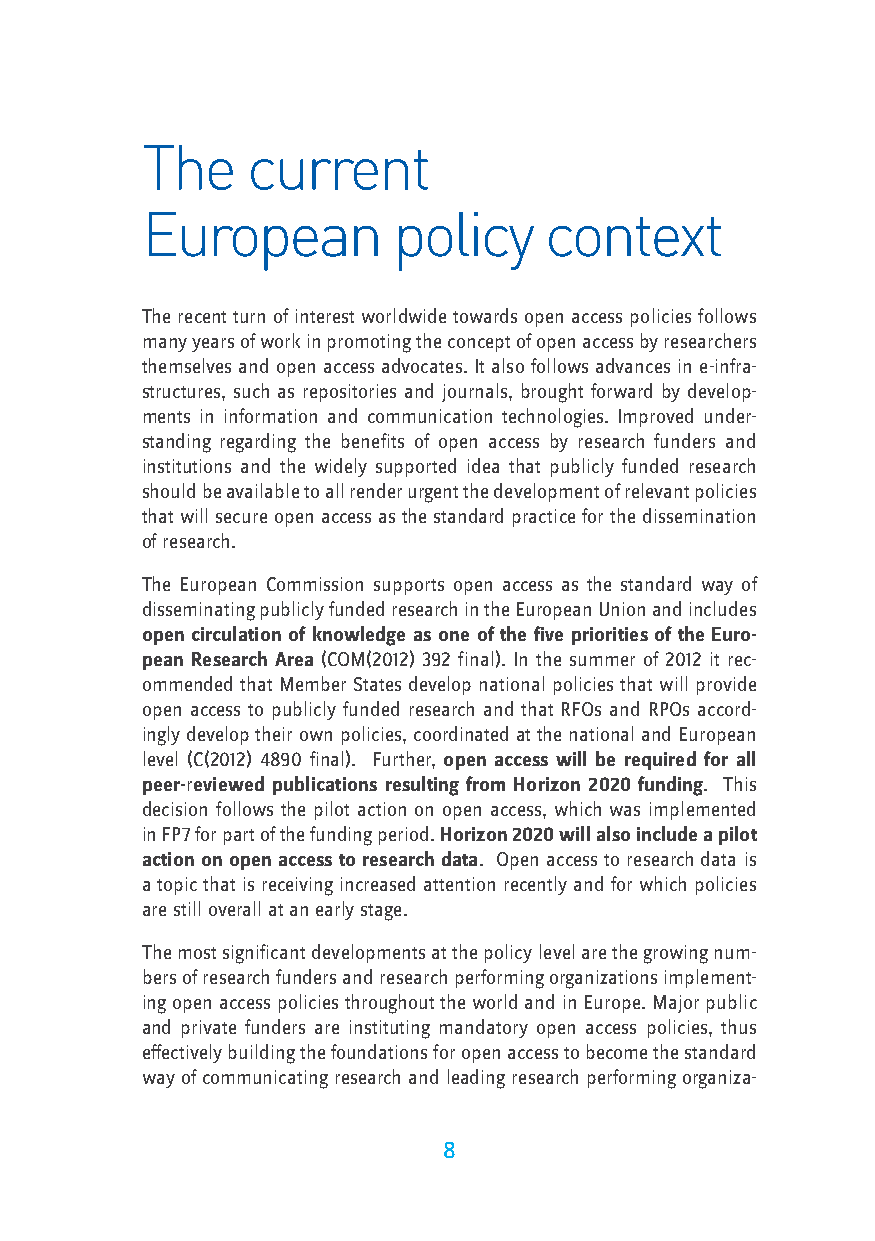
The    current
 European         policy    context
 The recent turn of interest worldwide towards open access policies follows
 many years of work in promoting the concept of open access by researchers
 themselves and open access advocates. It also follows advances in e-infra-
 structures, such as repositories and journals, brought forward by develop-
 ments in information and communication technologies. Improved under-
 standing regarding the benefits of open access by research funders and
 institutions and the widely supported idea that publicly funded research
 should be available to all render urgent the development of relevant policies
 that will secure open access as the standard practice for the dissemination
 of research.
 The European Commission supports open access as the standard way of
 disseminating publicly funded research in the European Union and includes
 open circulation of knowledge as one of the five priorities of the Euro-
 pean Research Area (COM(2012) 392 final). In the summer of 2012 it rec-
 ommended that Member States develop national policies that will provide
 open access to publicly funded research and that RFOs and RPOs accord-
 ingly develop their own policies, coordinated at the national and European
 level (C(2012) 4890 final). Further, open access will be required for all
 peer-reviewed publications resulting from Horizon 2020 funding. This
 decision follows the pilot action on open access, which was implemented
 in FP7 for part of the funding period. Horizon 2020 will also include a pilot
 action on open access to research data. Open access to research data is
 a topic that is receiving increased attention recently and for which policies
 are still overall at an early stage.
 The most significant developments at the policy level are the growing num-
 bers of research funders and research performing organizations implement-
 ing open access policies throughout the world and in Europe. Major public
 and private funders are instituting mandatory open access policies, thus
 effectively building the foundations for open access to become the standard
 way of communicating research and leading research performing organiza-
 8